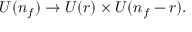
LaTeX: U ( n _ { f } ) \rightarrow U ( r ) \times U ( n _ { f } - r ) .